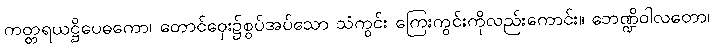
ကတ္တရယဋ္ဌိပေဓကော၊ တောင်ဝှေး၌စွပ်အပ်သော သံကွင်း ကြေးကွင်းကိုလည်းကောင်း။ ဘေဏ္ဍိဝါလတော၊